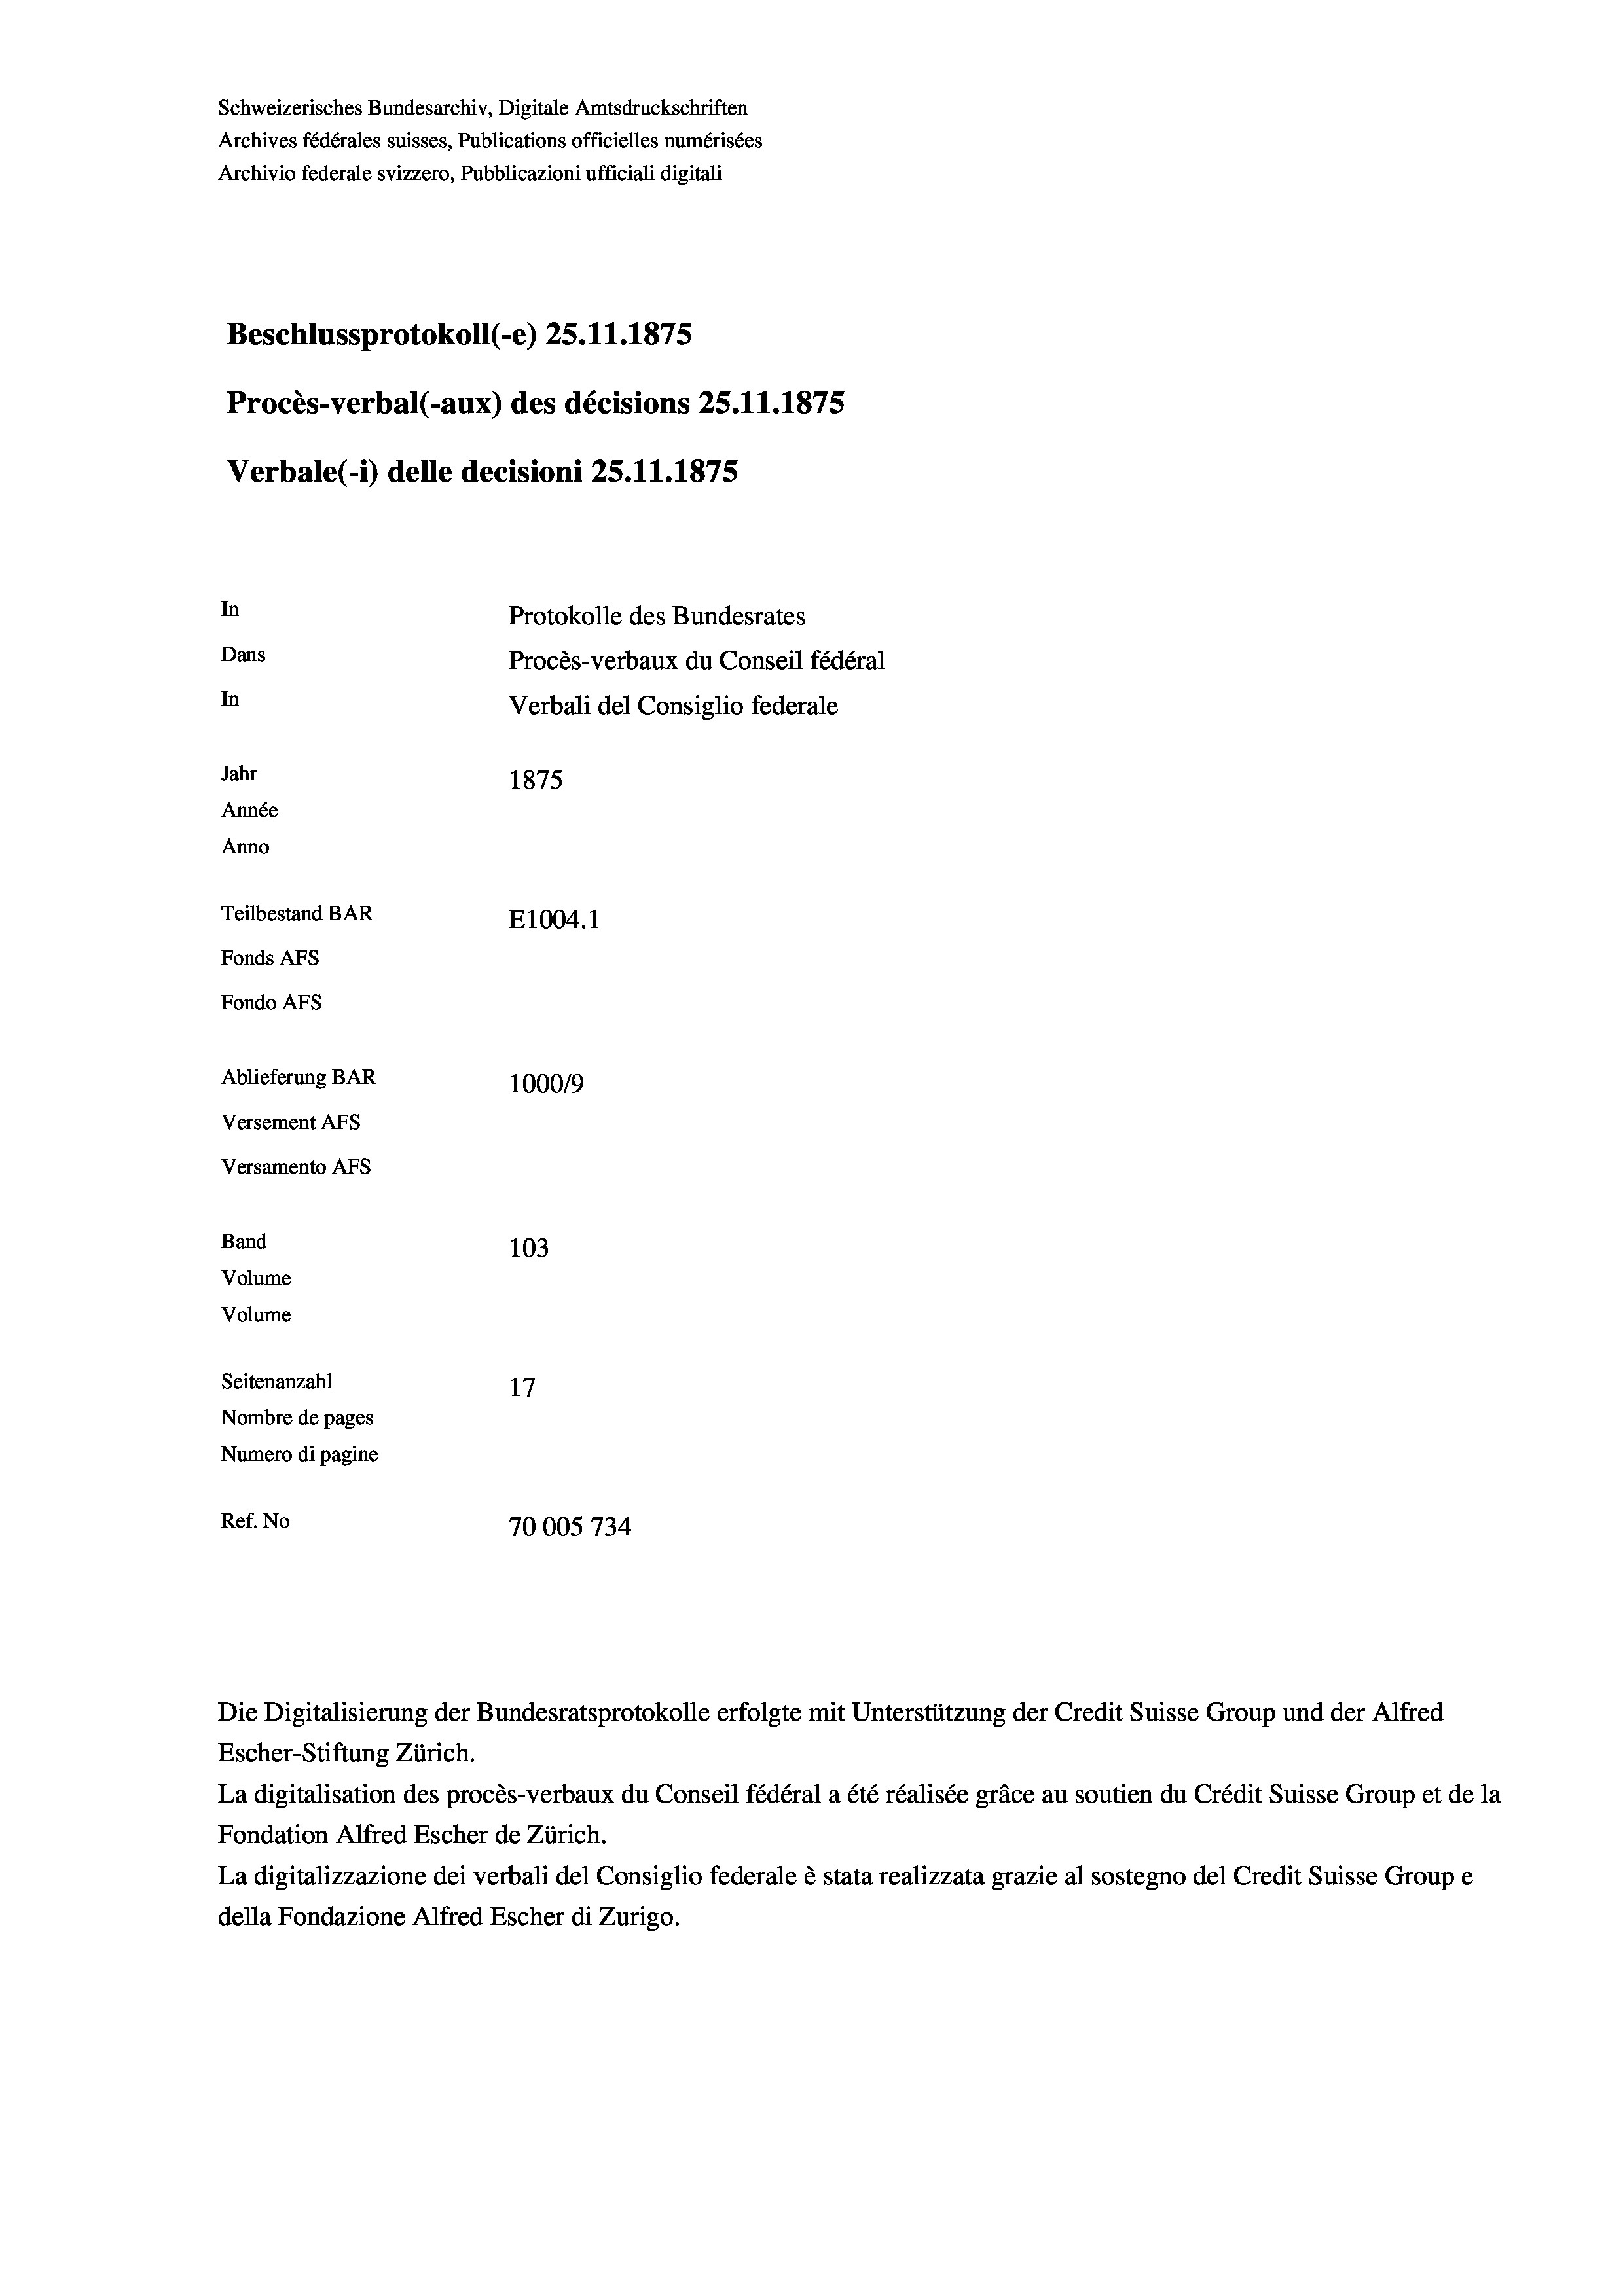
Schweizerisches Bundesarchiv, Digitale Amtsdruckschriften
Archives fédérales suisses, Publications officielles numérisées
Archivio federale svizzero, Pubblicazioni ufficiali digitali
Beschlussprotokoll (-e) 25.11.1875
Procès-verbal (-aux) des décisions 25.11.1875
Verbale(-*) delle decisioni 25.11.1875
In
Protokolle des Bundesrates
Dans
Procès-verbaux du Conseil fédéral
In
Verbali del Consiglio federale
Jahr
1875
Année
Anno
Teilbestand BAR
E1004. 1
Fonds AFs
Fondo AFs
Ablieferung BAR
1000/9
Versement Abs
Versamento AFs
Band
103
Volume
Volume
Seitenanzahl
17
Nombre de pages
Numero di pagine
Ref. No
70005734

Die Digitalisierung der Bundesratsprotokolle erfolgte mit Unterstützung der Credit Suisse Group und der Alfred
Escher-Stiftung Zürich.
La digitalisation des procès-verbaux du Conseil fédéral a été réalisée gräce au soutien du Crédit Suisse Group et de la
Fondation Alfred Escher de Zürich.
La digitalizzazione dei verbali del Consiglio federale è stata realizzata grazie al sostegno del Credit Suisse Groupe
della Fondazione Alfred Escher di Zurigo.